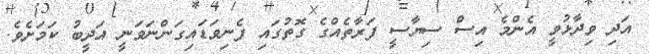
އަދި ވިދާޅުވީ އެންމެ އިސް ސިޔާސީ ފަރާތެއްގެ ގޮތުގައި ފެނިވަޑައިގަންނަވަނީ އަދީބު ކަމަށެވެ.